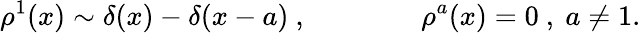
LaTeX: \rho^{1}(x)\sim\delta(x)-\delta(x-a)\ ,\qquad\qquad\rho^{a}(x)=0\ ,\ a\neq 1.